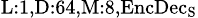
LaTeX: _{\textrm{L}:1,\textrm{D}:64,\textrm{M}:8,\textrm{EncDec}_{\textrm{S}}}